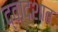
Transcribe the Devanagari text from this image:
द्वादशात